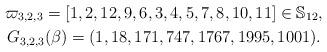
LaTeX: \begin{gather*}\varpi_{3,2,3} = [1,2,12,9,6,3,4,5,7,8,10,11] \in \mathbb{S}_{12},\\G_{3,2,3}(\beta)= (1,18,171,747,1767,1995,1001).\end{gather*}